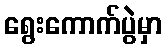
ရွေးကောက်ပွဲမှာ